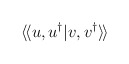
\begin{align*}\langle\!\langle u,u^{\dagger }|{v},{v}^{\dagger }\rangle\!\rangle\end{align*}